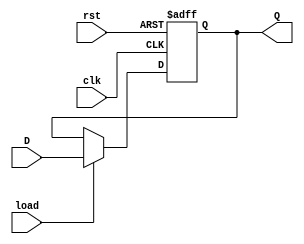
module RegisterAdd
	# (parameter W = 16)
	(
		input wire clk, //system clock
		input wire rst, //system reset
		input wire load, //load signal
		input wire [W-1:0] D, //input signal
		output reg [W-1:0] Q //output signal
    );

	always @(posedge clk, posedge rst)
		if(rst)
			Q <= 0;
		else if(load)
			Q <= D;
		else
			Q <= Q;

endmodule